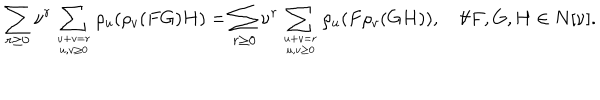
\sum _ { r \geq 0 } \nu ^ { r } \sum _ { u + v = r \atop u , v \geq 0 } \rho _ { u } ( \rho _ { v } ( F G ) H ) = \sum _ { r \geq 0 } \nu ^ { r } \sum _ { u + v = r \atop u , v \geq 0 } \rho _ { u } ( F \rho _ { v } ( G H ) ) , \quad \forall F , G , H \in N [ \nu ] .